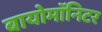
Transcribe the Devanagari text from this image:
बायोमाॅनिटर